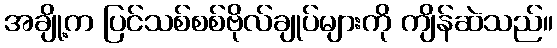
အချို့က ပြင်သစ်စစ်ဗိုလ်ချုပ်များကို ကျိန်ဆဲသည်။